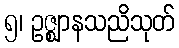
၅၊ ဥဇ္ဈာနသညိသုတ်